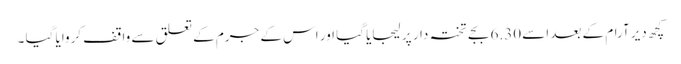
کچھ دیر آرام کے بعد اسے 6.30 بجے تختہ دار پر لیجایا گیا اور اس کے جرم کے تعلق سے واقف کروایا گیا ۔